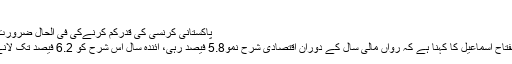
مزید پڑھیں
پاکستانی کرنسی کی قدرکم کرنےکی فی الحال ضرورت نہیں‘ مفتاح اسماعیل –
واشنگٹن : مشیر خزانہ مفتاح اسماعیل کا کہنا ہے کہ رواں مالی سال کے دوران اقتصادی شرح نمو5.8 فیصد رہی، آئندہ سال اس شرح کو 6.2 فیصد تک لانے کی کوشش کریں گے۔